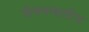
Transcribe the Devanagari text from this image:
जैवमण्डलीय